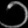
Digit: ၁